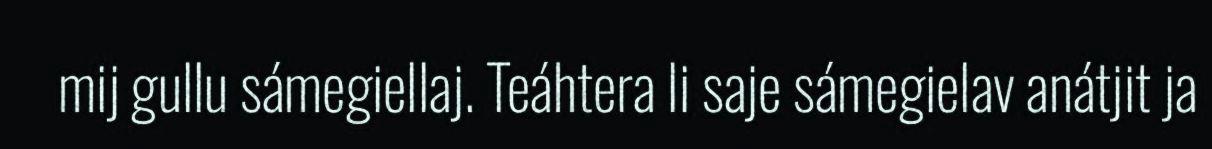
mij gullu sámegiellaj. Teáhtera li saje sámegielav anátjit ja